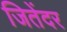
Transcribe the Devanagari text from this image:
जितेंदर